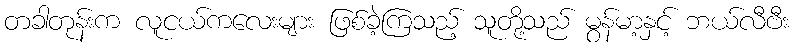
တခါတုန်းက လူငယ်ကလေးများ ဖြစ်ခဲ့ကြသည့် သူတို့သည် မွန်မာ့နှင့် ဘယ်လီဗီး